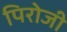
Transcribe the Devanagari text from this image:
पिरोजी